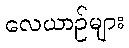
လေယာဉ်များ